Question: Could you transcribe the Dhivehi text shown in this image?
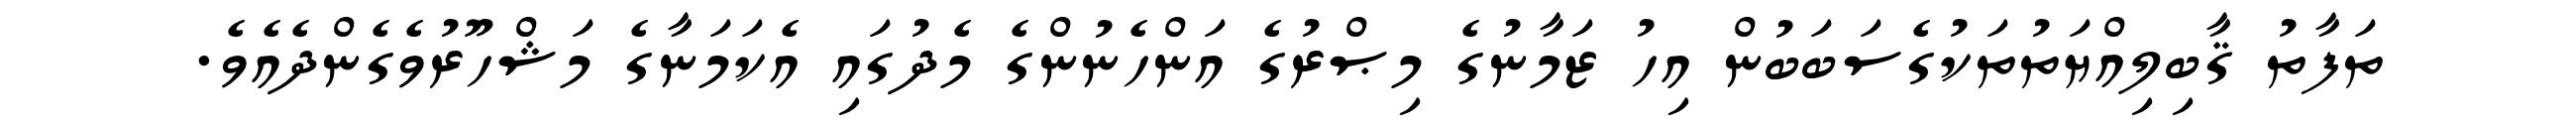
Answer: ތަފާތު ޤާބިލިއްޔަތުތަކުގެސަބަބުން އިހު ޒަމާނުގެ މިޞްރުގެ އަންހެނުންގެ މެދުގައި އެކަމަނާގެ މަޝްހޫރުވެގެންދެއެވެ.